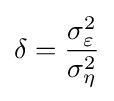
\delta ={\frac {\sigma _{\varepsilon }^{2}}{\sigma _{\eta }^{2}}}